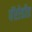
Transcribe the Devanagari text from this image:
पॅरोडीड